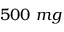
5 0 0 \ m g